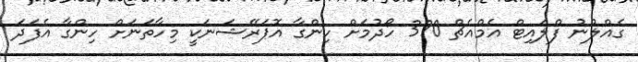
ގެއްލުނު ފްލައިޓް އެމްއެޗް 370 ހޯދުމަށް ހިންގާ އޮޕަރޭޝަނަކީ މިހާތަނަށް ހިންގާ އެފަދަ